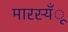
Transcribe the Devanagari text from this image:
मारस्यँू